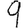
Digit: 9